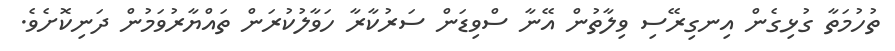
ތުހުމަތާ ގުޅިގެން އިނގިރޭސި ވިލާތުން އޭނާ ސްވިޑަން ސަރުކާރާ ހަވާލުކުރަން ތައްޔާރުވަމުން ދަނިކޮށެވެ.